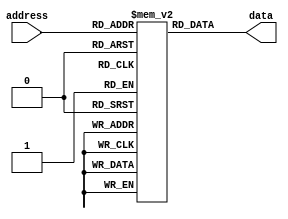
module fuse_ROM (
    input wire [9:0] address,
    output reg [7:0] data
);

reg [7:0] stored_data [0:1023]; // Define the stored data in the fuse ROM

// Fill in the stored_data values here

always @* begin
    data = stored_data[address];
end

endmodule